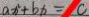
a x ^ { 2 } + b x = c